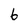
Character: 6